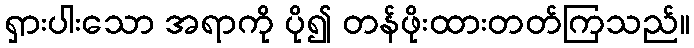
ရှားပါးသော အရာကို ပို၍ တန်ဖိုးထားတတ်ကြသည်။